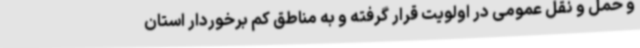
و حمل و نقل عمومی در اولویت قرار گرفته و به مناطق کم برخوردار استان